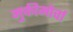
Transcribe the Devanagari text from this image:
मुक्तीमोर्चा